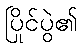
ပြိုင်ပွဲ၏